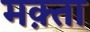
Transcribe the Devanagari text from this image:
मक़्ता